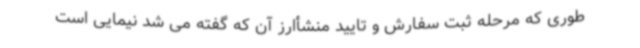
طوری که مرحله ثبت سفارش و تایید منشأارز آن که گفته می شد نیمایی است